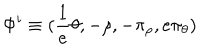
\Phi ^ { i } \equiv ( \frac { 1 } { e } \theta , - \rho , - \pi _ { \rho } , e \pi _ { \theta } )